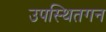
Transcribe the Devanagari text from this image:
उपस्थितगन